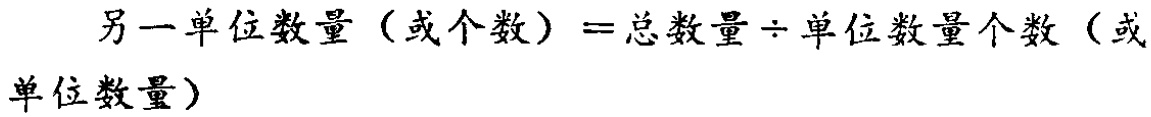
另一单位数量（或个数）=总数量\(\div\)单位数量个数（或单位数量）